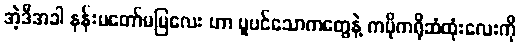
အဲ့ဒီအခါ နန်းမတော်မမြလေး ဟာ ပူပင်သောကတွေနဲ့ ကပိုကရိုဆံထုံးလေးကို